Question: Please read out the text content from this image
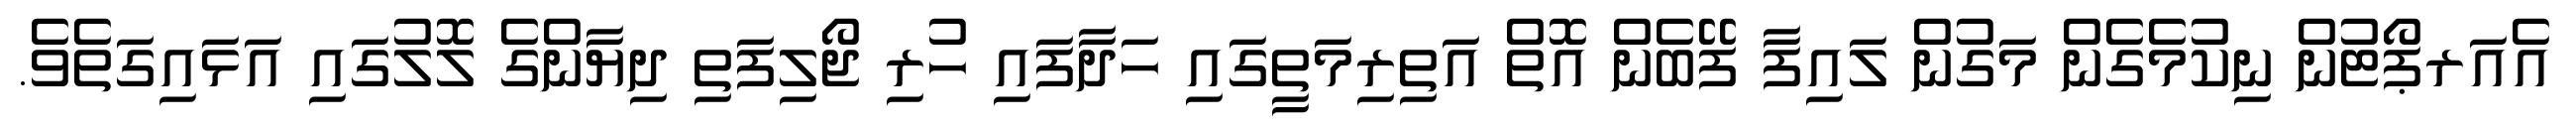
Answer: އެއަރޕޯޓުން ނިކުމެގެން މަގުން ލައިފާ ފޭބެން އޮތް އަތިރިމަތީގައި ހަދާފައި ހުރި ޖޯލިފަތި ދިޔާންގެ ލޮލުގައި އަޅައިގަތެވެ.